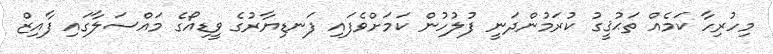
މިހުރިހާ ކަމެއް ތަޙުޤީގު ކުރަމުންދަނީ ފުލުހުން ކަމަށްވެފައި ފަނޑިޔާރުގެ ވީޑިއޯގެ މައްސަލާގައި ފާއިޒް